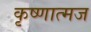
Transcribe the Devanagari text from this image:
कृष्णात्मज